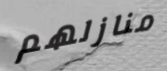
منازلهم